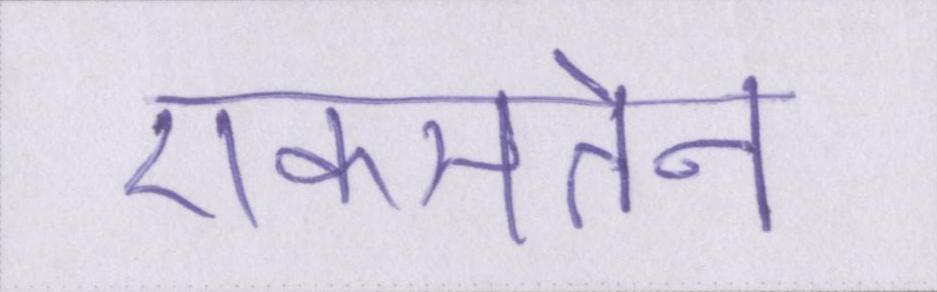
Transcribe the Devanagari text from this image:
एकमतेन